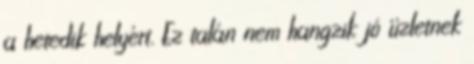
a hetedik helyért. Ez talán nem hangzik jó üzletnek